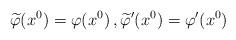
LaTeX: \begin{align*} \widetilde{\varphi}(x^0) & = \varphi(x^0) \,, \widetilde{\varphi}'(x^0) = \varphi'(x^0) \end{align*}